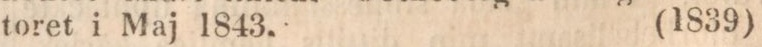
toret i Maj 1843.    (1839)